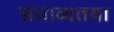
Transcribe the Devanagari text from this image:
संभाव्यतया